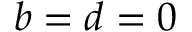
b = d = 0